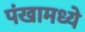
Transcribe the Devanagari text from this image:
पंखामध्ये